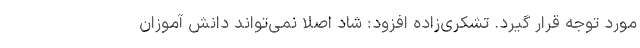
مورد توجه قرار گیرد. تشکری‌زاده افزود: شاد اصلا نمی‌تواند دانش آموزان